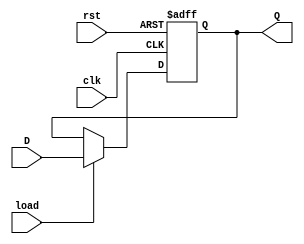
`timescale 1ns / 1ps


module Nbit_reg #(parameter n = 8)
(
    input clk,
    input load,
    input rst,
    input [n-1:0] D,
    output reg [n-1:0] Q
 );

always @ (posedge clk or posedge rst) begin
    if (rst == 1) begin
        Q <= 0;
    end 
    else if (load == 1) begin 
        Q <= D;
    end
    else begin 
        Q <= Q;
    end
end
// wire [n-1:0] y; 
// genvar i; 
 
// generate
//    for (i = 0;i<n; i=i+1) begin
//        mux m (Q[i], D[i], load, y[i]);
//        DFlipFlop ff (clk, rst, y[i], Q[i]);
//    end 
//endgenerate
endmodule